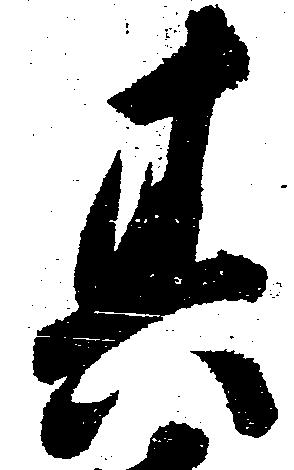
其